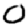
Digit: 0